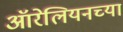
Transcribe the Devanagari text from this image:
ऑरेलियनच्या